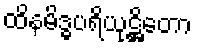
ထိနမိဒ္ဓပရိယုဋ္ဌိတော